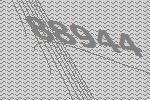
88944